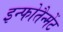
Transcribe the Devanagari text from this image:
इन्फोतैन्मेंट